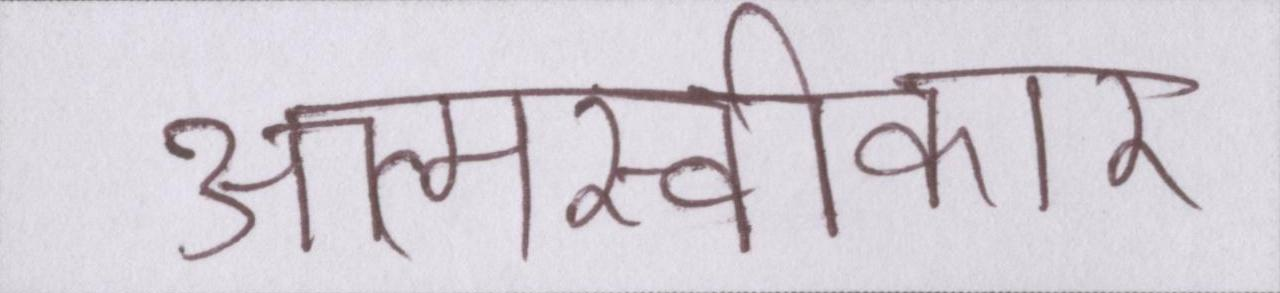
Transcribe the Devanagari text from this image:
आत्मस्वीकार